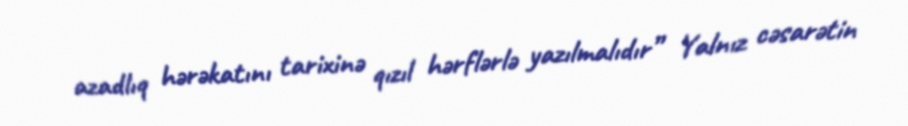
azadlıq hərəkatını tarixinə qızıl hərflərlə yazılmalıdır” Yalnız cəsarətin